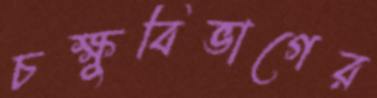
চক্ষুবিভাগের